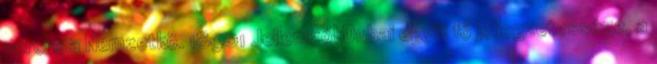
percre a Nemzetkö. 18901 JellemzőkDubai egyik fő jellegzetessége, a